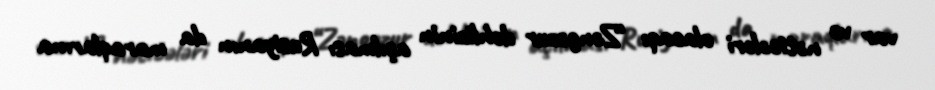
var və nəticələri olacaq: “Zəngəzur dəhlizinin açılması Rusiyanın da maraqlarına